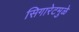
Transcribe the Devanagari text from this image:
सिगारेटमुळे